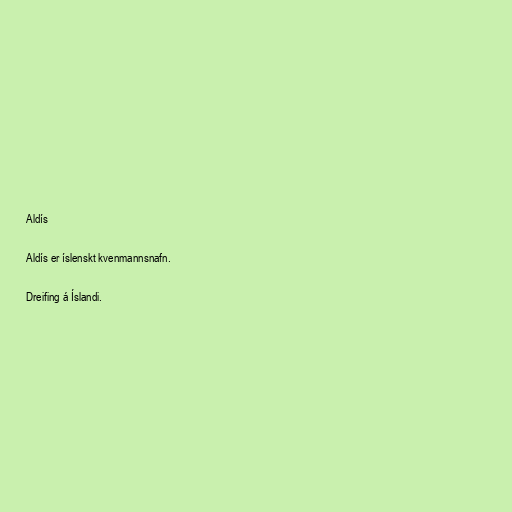
Aldís

Aldís er íslenskt kvenmannsnafn.

Dreifing á Íslandi.